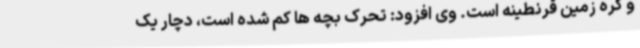
و کره زمین قرنطینه است. وی افزود: تحرک بچه ها کم شده است، دچار یک